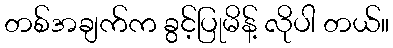
တစ်အချက်က ခွင့်ပြုမိန့် လိုပါ တယ်။